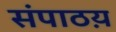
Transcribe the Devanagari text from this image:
संपाठय़